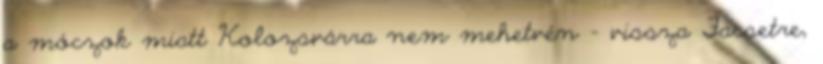
a móczok miatt Kolozsvárra nem mehetvén - vissza Facsetre,